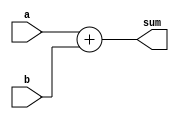
module ADD (a,b,sum);
    input[31:0] a,b;
    output [31:0] sum;
    assign sum = a+b;
endmodule